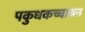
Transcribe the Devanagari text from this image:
पकुधकच्चायन